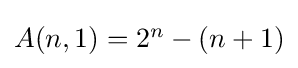
{\textstyle A(n,1)=2^{n}-(n+1)}